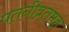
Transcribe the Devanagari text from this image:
पतनीव्रतमहं